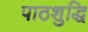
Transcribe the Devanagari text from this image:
पाठशुद्धि